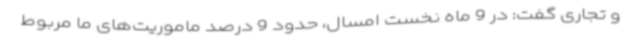
و تجاری گفت: در 9 ماه نخست امسال، حدود 9 درصد ماموریت‌های ما مربوط